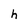
Character: h